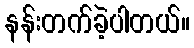
နန်းတက်ခဲ့ပါတယ်။